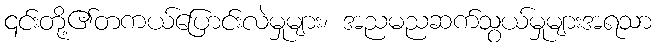
၎င်းတို့၏တကယ်ပြောင်းလဲမှုများ၊ အညမညဆက်သွယ်မှုများအရသာ